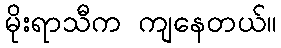
မိုးရာသီက ကျနေတယ်။